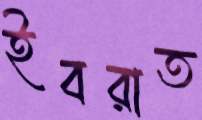
ইবরাত